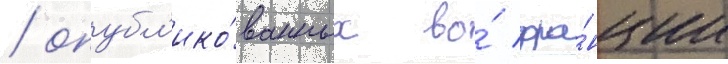
/ опубл'ико́ванных во́ фра́нции